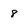
Character: 8